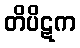
တိပိဋက